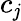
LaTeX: c_{\mathit{j}}